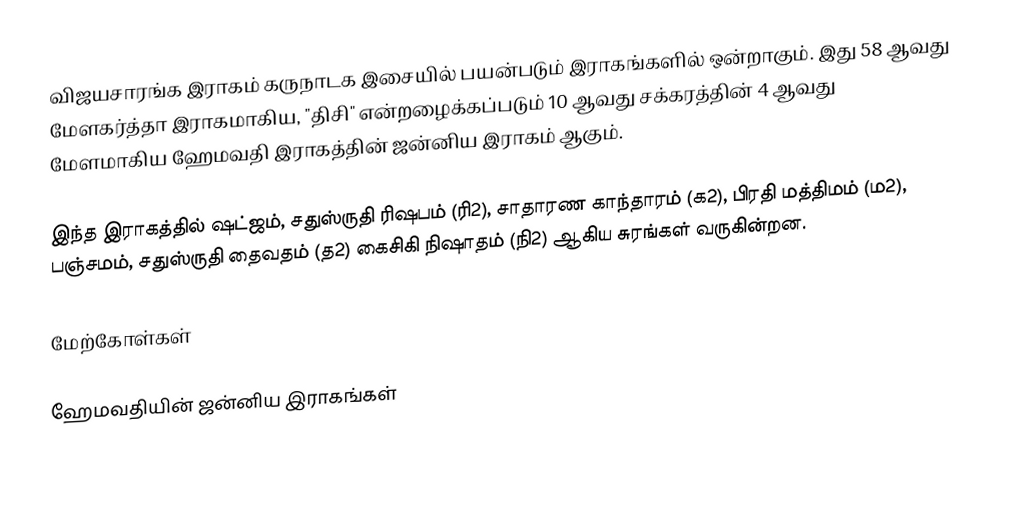
விஜயசாரங்க இராகம் கருநாடக இசையில் பயன்படும் இராகங்களில் ஒன்றாகும். இது 58 ஆவது மேளகர்த்தா இராகமாகிய, "திசி" என்றழைக்கப்படும் 10 ஆவது சக்கரத்தின் 4 ஆவது மேளமாகிய ஹேமவதி இராகத்தின் ஜன்னிய இராகம் ஆகும்.

இந்த இராகத்தில் ஷட்ஜம், சதுஸ்ருதி ரிஷபம் (ரி2), சாதாரண காந்தாரம் (க2), பிரதி மத்திமம் (ம2), பஞ்சமம், சதுஸ்ருதி தைவதம் (த2) கைசிகி நிஷாதம் (நி2) ஆகிய சுரங்கள் வருகின்றன.

மேற்கோள்கள்

ஹேமவதியின் ஜன்னிய இராகங்கள்